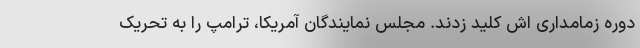
دوره زمامداری اش کلید زدند. مجلس نمایندگان آمریکا، ترامپ را به تحریک